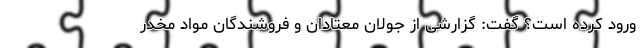
ورود کرده است؟ گفت: گزارشی از جولان معتادان و فروشندگان مواد مخدر